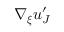
\nabla _ { \boldsymbol { \xi } } \boldsymbol { u } _ { J } ^ { \prime }